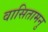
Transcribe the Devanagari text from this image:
वासितामनु